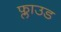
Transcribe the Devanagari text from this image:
फ्लाउड